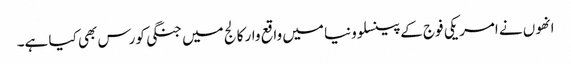
انھوں نے امریکی فوج کے پینسلوونیا میں واقع وار کالج میں جنگی کورس بھی کیا ہے۔